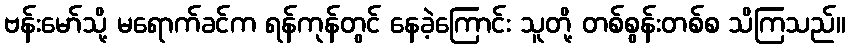
ဗန်းမော်သို့ မရောက်ခင်က ရန်ကုန်တွင် နေခဲ့ကြောင်း သူတို့ တစ်စွန်းတစ်စ သိကြသည်။